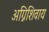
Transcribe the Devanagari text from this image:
अग्निशिवाय